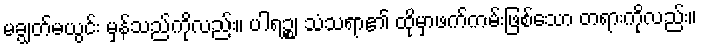
မချွတ်မယွင်း မှန်သည်ကိုလည်း။ ပါရဉ္စ၊ သံသရာ၏ ထိုမှာဖက်ကမ်းဖြစ်သော တရားကိုလည်း။